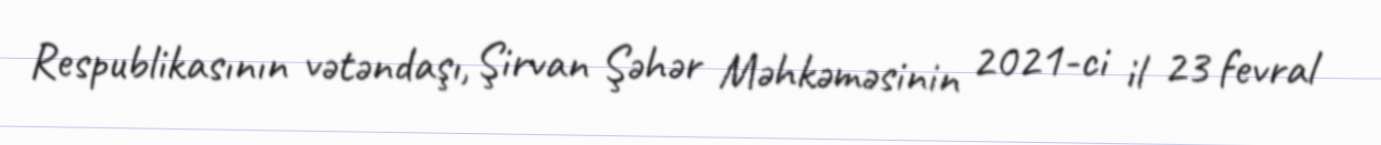
Respublikasının vətəndaşı, Şirvan Şəhər Məhkəməsinin 2021-ci il 23 fevral